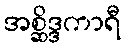
အစ္ဆိဒ္ဒကာရီ